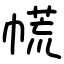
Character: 㡛